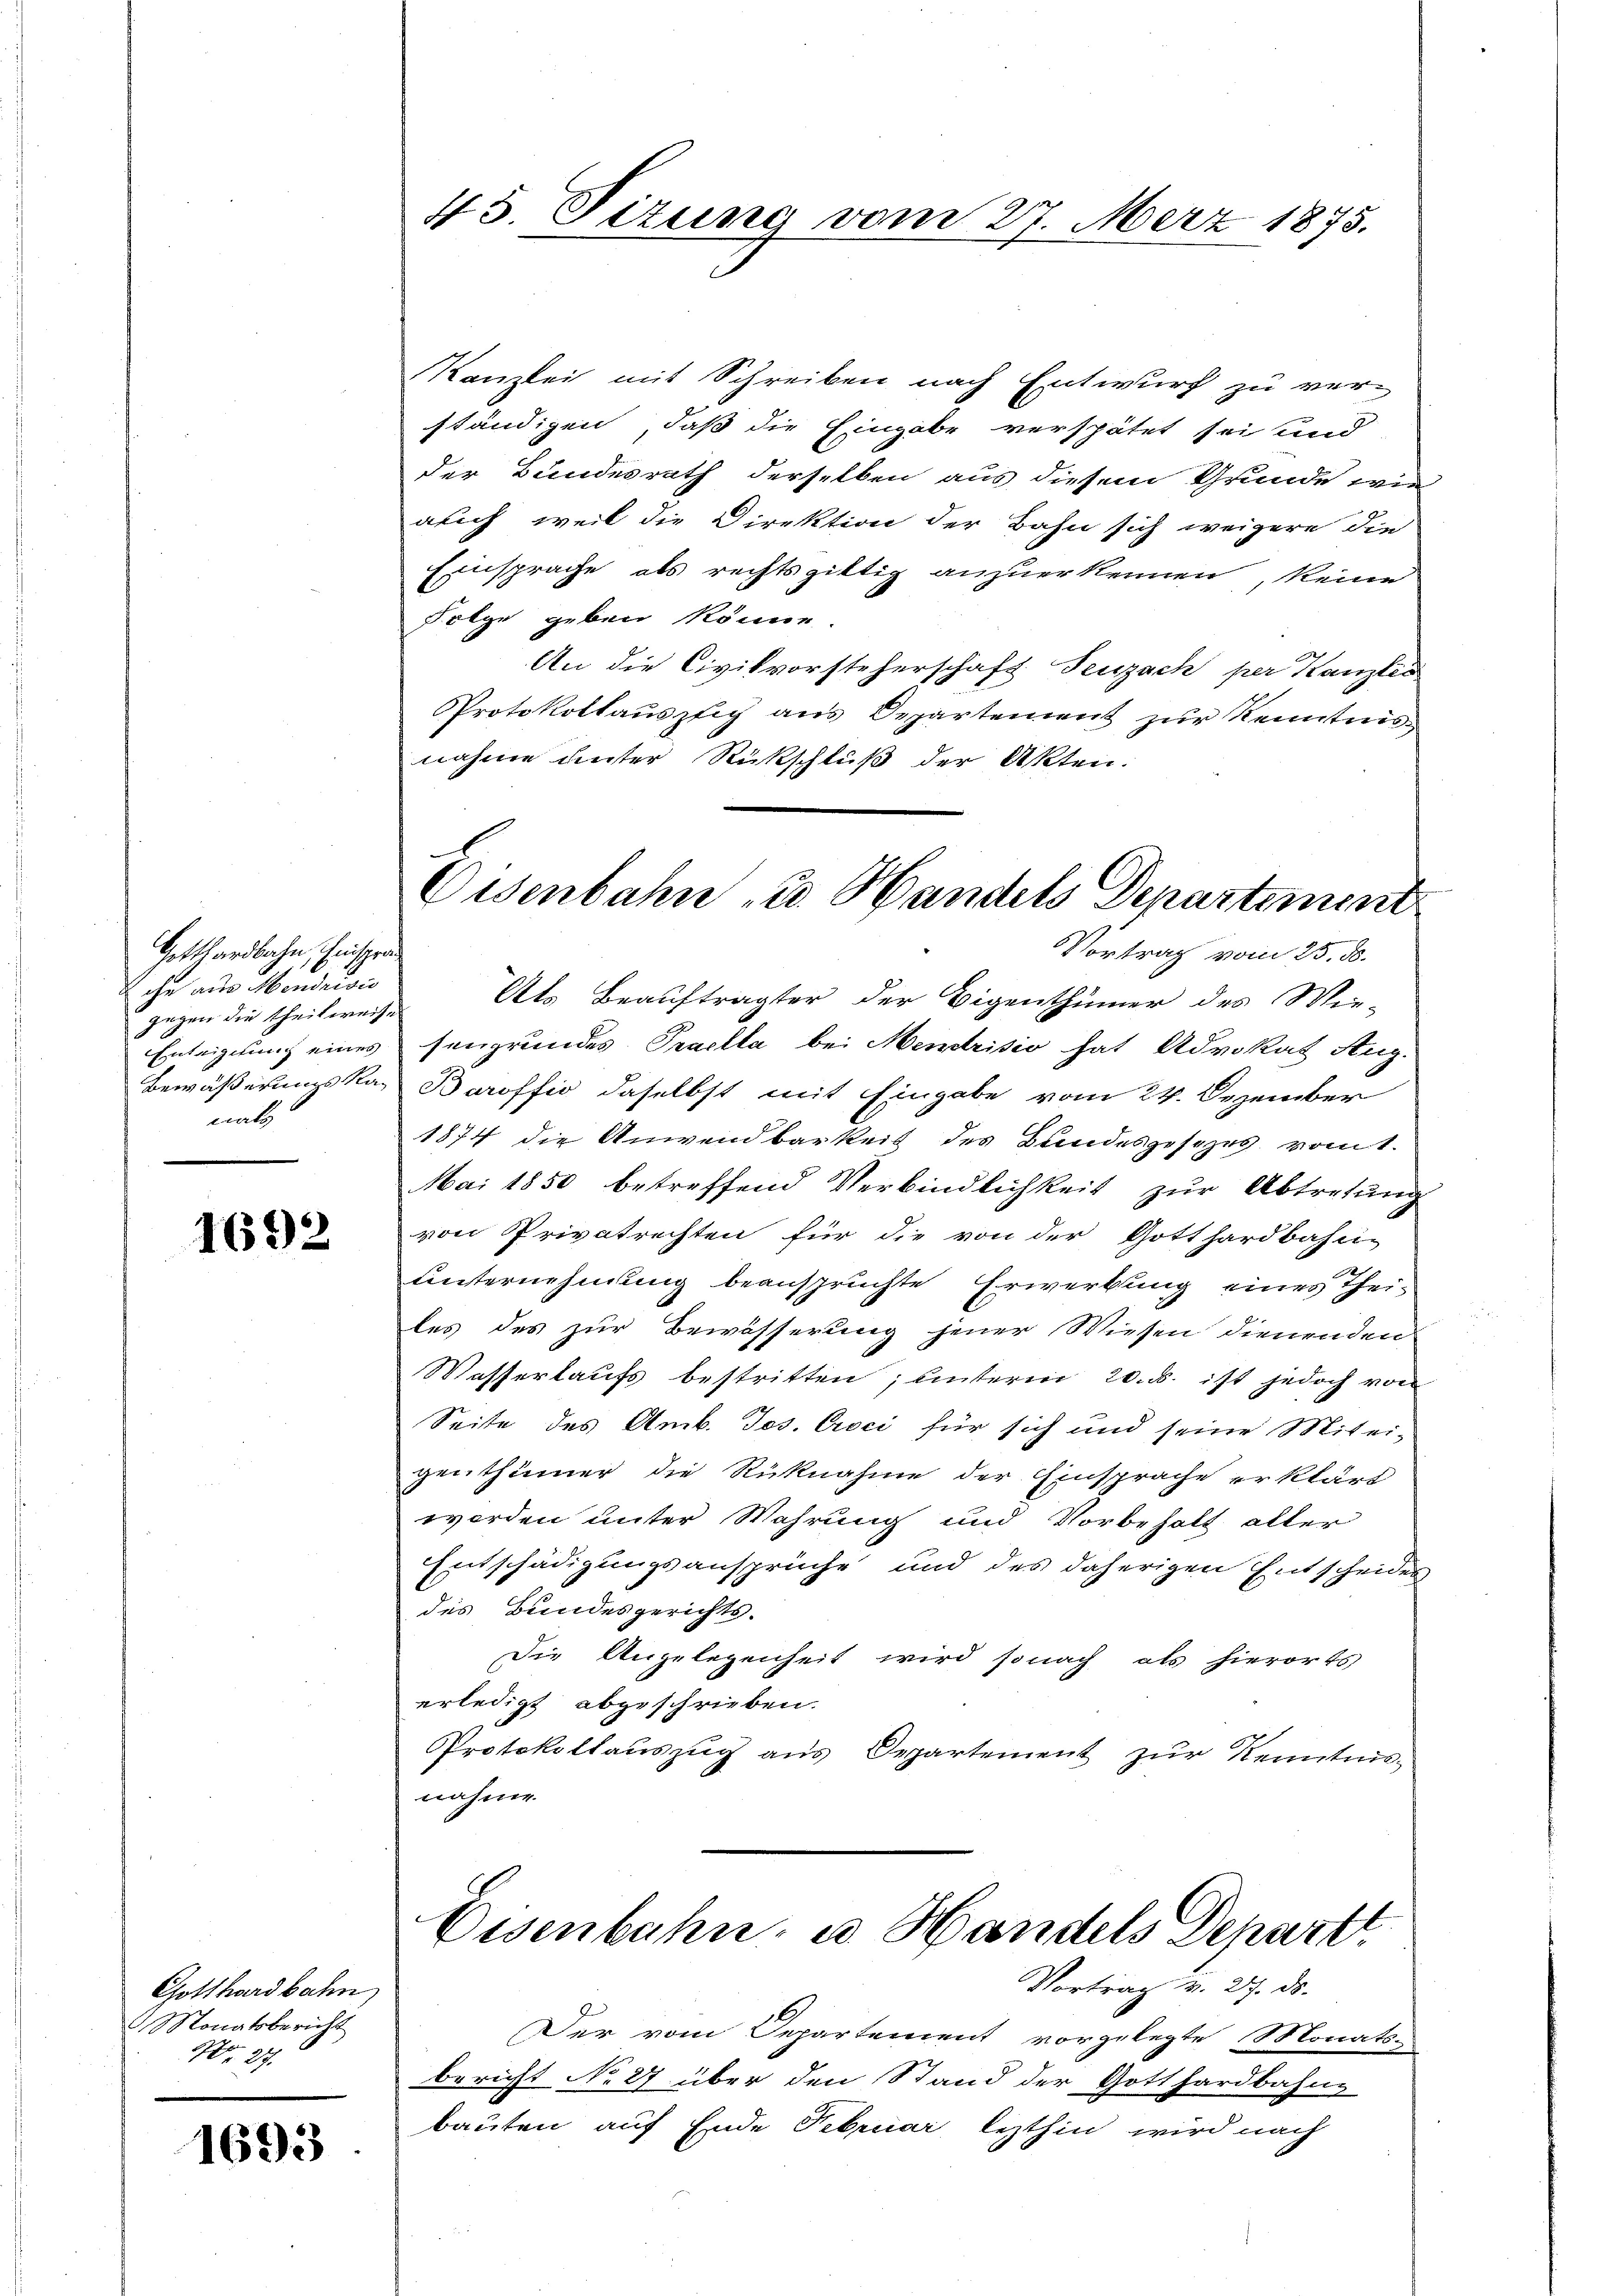
Gotthardbahn, Einsprache aus Mendrisio
gegen die theilweise
nals

1692

Gotthardbahn
Monatsbericht
No. 27.

1693

Kanzlei mit Schreiben nach Entwurf zu ver-
ständigen, daß die Eingabe verspätet sei und
der Bundesrath derselben aus diesem Grunde wie
auch weil die Direktion der Bahn sich weigere die
Einsprache als rechtsgittig anzuerkennen, keine
Folge geben könne.
An die Civilvorsteherschaft Seuzach per Kanzler
Protokollauszeich aus Departement zur Kenntnis
nahme unter Rückschluß der Akten.
Vortrag vom 25. d.
Als Beauftragter der Eigenthümer des Wie-
Enteigung eines sengrundes Praella bei Mendrisio hat Advokat Aug.
Bewäßerungskar Baroffio daselbst mit Eingabe vom 24. Dezember
1874 die Anwendbarkeit des Bundesgesezes vomt.
Mai 1850 betreffend Verbindlichkeit zur Abtretung
von Privatrechten für die von der Gotthardbahn-
unternehmung beanspruchte Erwerbung eines Theiles des zur Bewässerung jener Wiesen dienenden
Wasserlaufs bestritten; unterm 20. d. ist jedoch von
Seite des Amb. Jos. Croci für sich und seine Mitei-
genthümer die Rücknahme der Einsprache erklärt
worden unter Wahrung und Vorbehalt aller
Entschädigungsansprüche und des daherigen Entscheiden
des Bundesgerichts-
Die Angelegenheit wird sonach als hierorts
erledigt abgeschrieben.
Protokollauszug aus Departement zur Kenntnisnahme.

45. Sizung vom 27. März 1875.

Eisenbahn u. Handels Departement

Eisenbahn u Handels Depart
Vortrag v. 27. ds.

Der vom Departement vorgelegte Monats-
bericht No 27 über den Stand der Gotthardbahn-
bauten auf Ende Februar lezthin wird nach